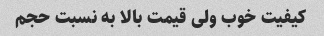
کیفیت خوب ولی قیمت بالا به نسبت حجم